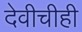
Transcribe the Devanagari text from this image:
देवीचीही